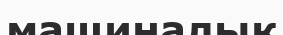
мащиналық